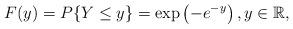
LaTeX: \begin{align*}F(y) = P\{Y \leq y\} = \exp\left(-e^{-y}\right),y \in \mathbb{R},\end{align*}